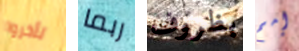
تأخروا ربما بظروف إمم